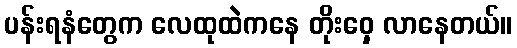
ပန်းရနံတွေက လေထုထဲကနေ တိုးဝှေ့ လာနေတယ်။